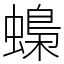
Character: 蟂